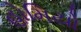
હોમિયો